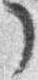
了